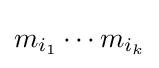
m_{i_{1}}\cdots m_{i_{k}}